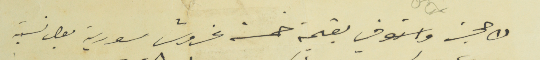
فك حجز واستوفي بقيمة خمسة غروش سورية بعض نسبة